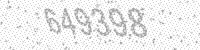
Solution: 649398